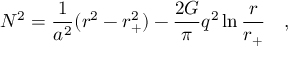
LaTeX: N ^ { 2 } = { \frac { 1 } { a ^ { 2 } } } ( r ^ { 2 } - r _ { + } ^ { 2 } ) - { \frac { 2 G } { \pi } } q ^ { 2 } \ln { \frac { r } { r _ { + } } } ~ ~ ~ ,